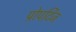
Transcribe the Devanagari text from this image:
प्रोपर्टिज